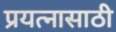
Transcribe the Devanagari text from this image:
प्रयत्‍नासाठी